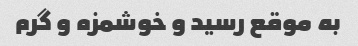
به موقع رسید و خوشمزه و گرم